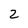
Character: 2